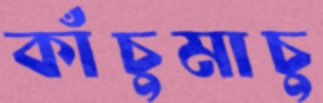
কাঁচুমাচু